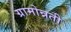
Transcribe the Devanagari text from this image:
ग्रामोन्नती